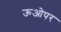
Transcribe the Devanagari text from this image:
ऊओपर